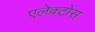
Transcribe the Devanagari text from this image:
एलेक्टोंस